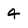
Character: 4